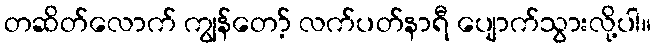
တဆိတ်လောက် ကျွန်တော့် လက်ပတ်နာရီ ပျောက်သွားလို့ပါ။